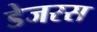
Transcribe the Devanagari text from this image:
डेजरस